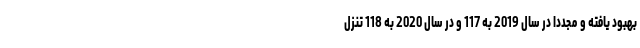
بهبود یافته و مجدداً در سال 2019 به 117 و در سال 2020 به 118 تنزل